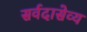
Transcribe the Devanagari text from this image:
सर्वदासेव्य